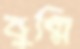
বুল্লি